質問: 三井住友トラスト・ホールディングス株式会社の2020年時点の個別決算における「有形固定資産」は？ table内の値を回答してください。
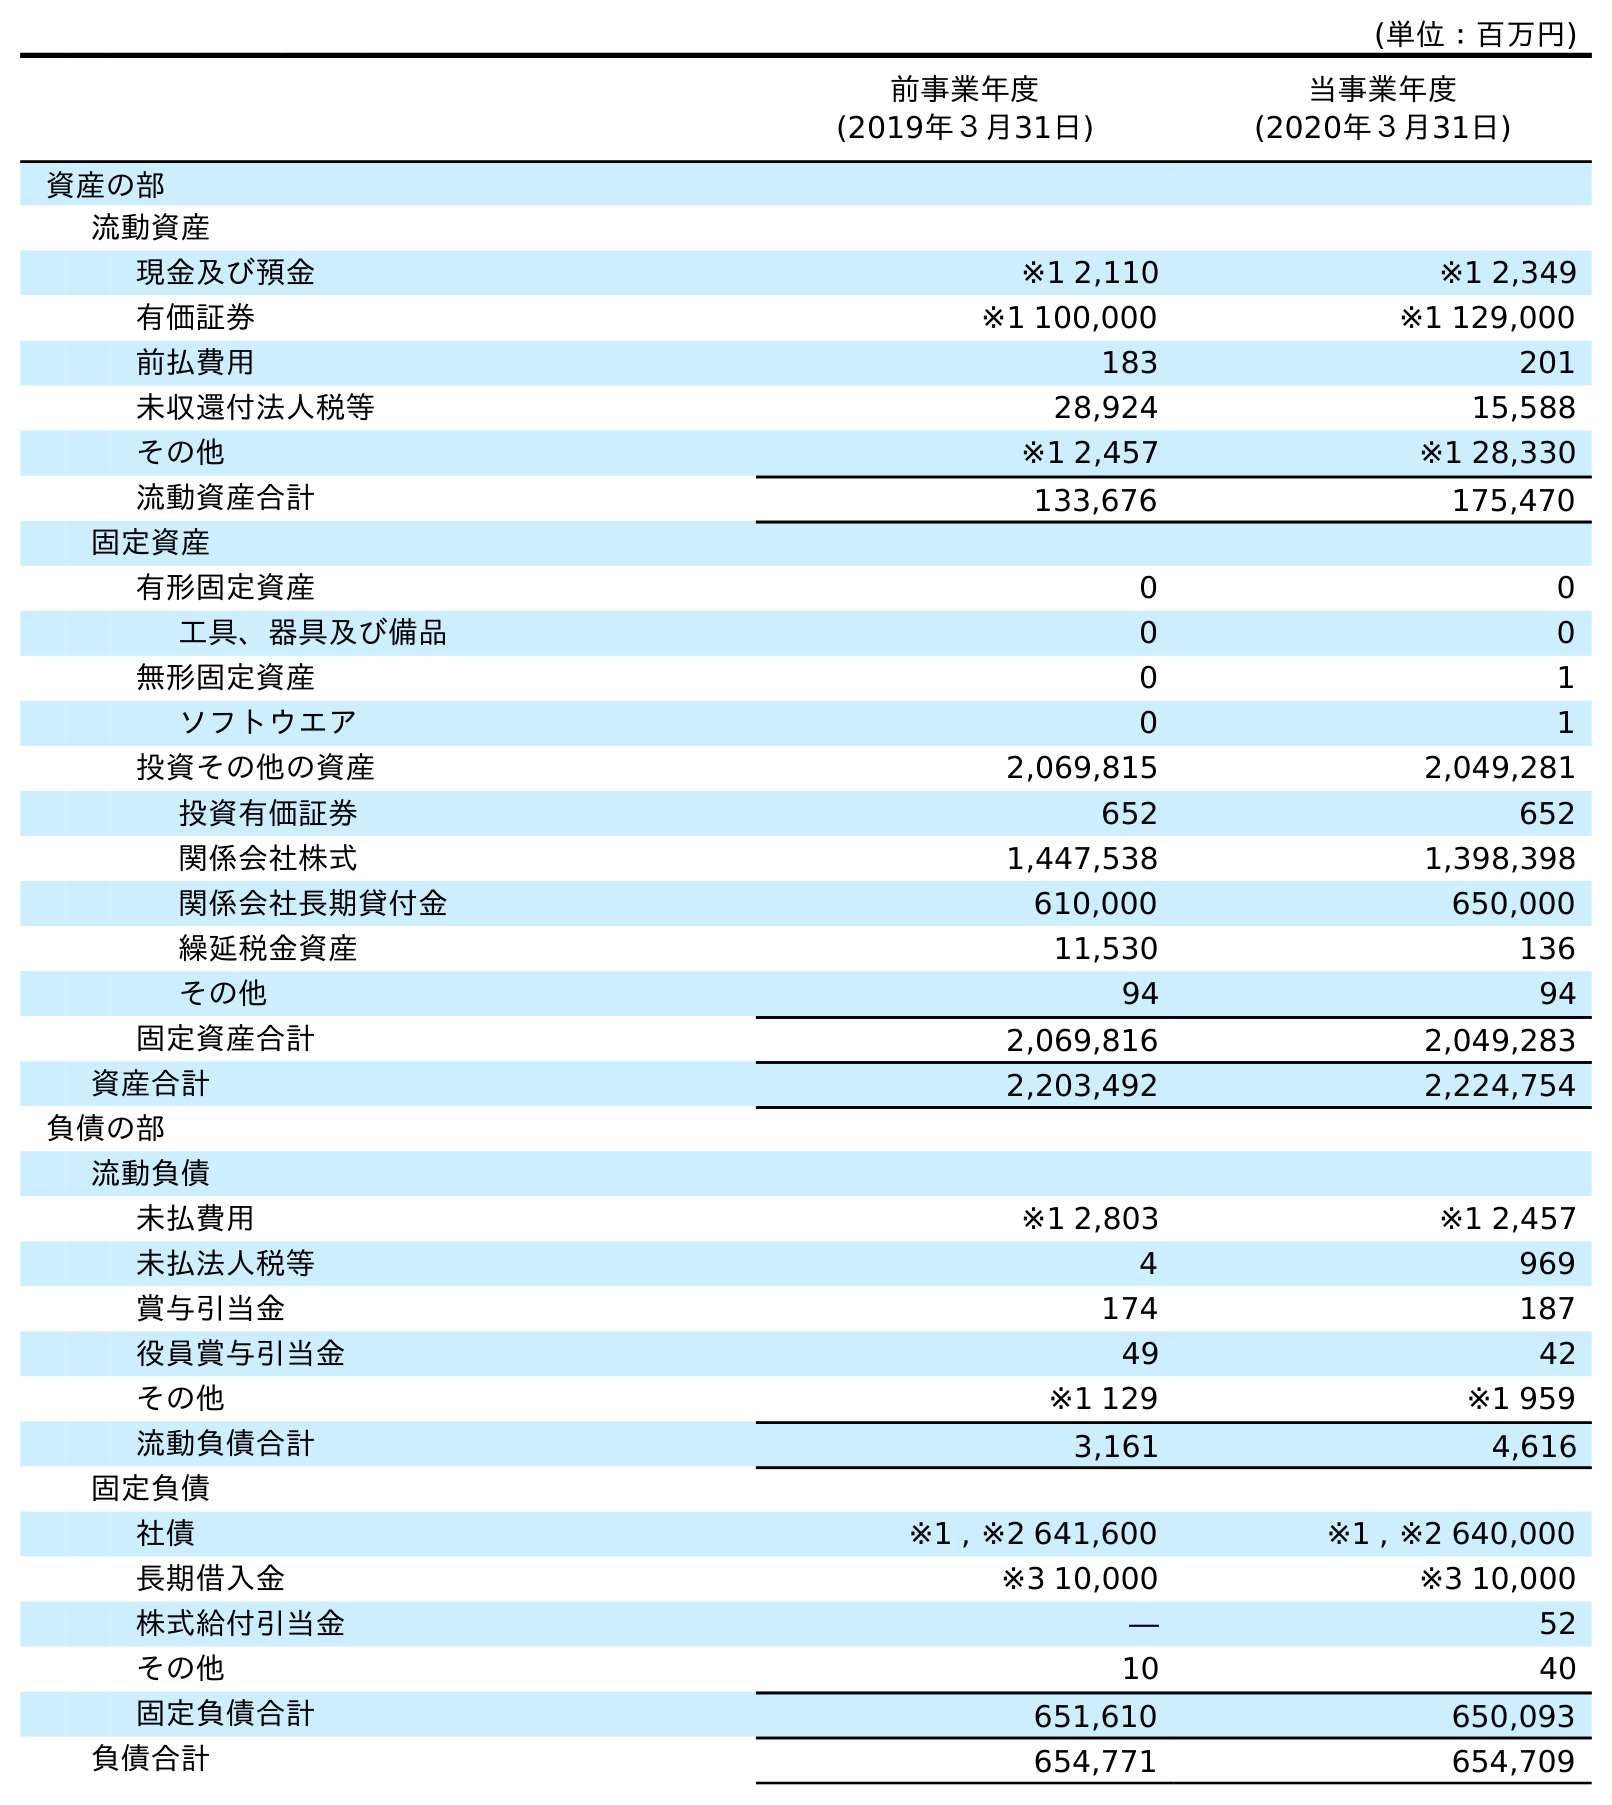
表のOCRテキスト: (単位：百万円) 前事業年度 (2019年３月31日) 当事業年度 (2020年３月31日) 資産の部 流動資産 現金及び預金 ※1 2,110 ※1 2,349 有価証券 ※1 100,000 ※1 129,000 前払費用 183 201 未収還付法人税等 28,924 15,588 その他 ※1 2,457 ※1 28,330 流動資産合計 133,676 175,470 固定資産 有形固定資産 0 0 工具、器具及び備品 0 0 無形固定資産 0 1 ソフトウエア 0 1 投資その他の資産 2,069,815 2,049,281 投資有価証券 652 652 関係会社株式 1,447,538 1,398,398 関係会社長期貸付金 610,000 650,000 繰延税金資産 11,530 136 その他 94 94 固定資産合計 2,069,816 2,049,283 資産合計 2,203,492 2,224,754 負債の部 流動負債 未払費用 ※1 2,803 ※1 2,457 未払法人税等 4 969 賞与引当金 174 187 役員賞与引当金 49 42 その他 ※1 129 ※1 959 流動負債合計 3,161 4,616 固定負債 社債 ※1 , ※2 641,600 ※1 , ※2 640,000 長期借入金 ※3 10,000 ※3 10,000 株式給付引当金 ― 52 その他 10 40 固定負債合計 651,610 650,093 負債合計 654,771 654,709
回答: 0